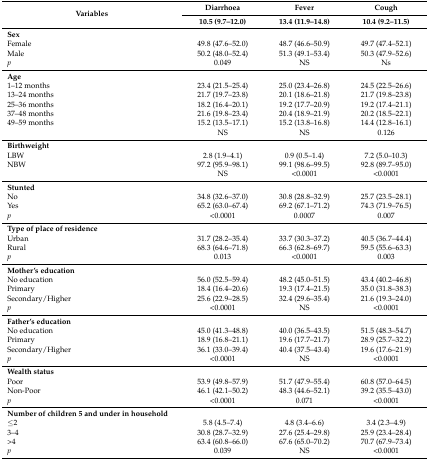
<table><thead><tr><td rowspan="2"><b>Variables</b></td><td><b>Diarrhoea</b></td><td><b>Fever</b></td><td><b>Cough</b></td></tr><tr><td><b>10.5 (9.7–12.0)</b></td><td><b>13.4 (11.9–14.8)</b></td><td><b>10.4 (9.2–11.5)</b></td></tr></thead><tbody><tr><td><b>Sex</b></td><td></td><td></td><td></td></tr><tr><td>Female</td><td>49.8 (47.6–52.0)</td><td>48.7 (46.6–50.9)</td><td>49.7 (47.4–52.1)</td></tr><tr><td>Male</td><td>50.2 (48.0–52.4)</td><td>51.3 (49.1–53.4)</td><td>50.3 (47.9–52.6)</td></tr><tr><td><i>p</i></td><td>0.049</td><td>NS</td><td>Ns</td></tr><tr><td><b>Age</b></td><td></td><td></td><td></td></tr><tr><td>1–12 months</td><td>23.4 (21.5–25.4)</td><td>25.0 (23.4–26.8)</td><td>24.5 (22.5–26.6)</td></tr><tr><td>13–24 months</td><td>21.7 (19.7–23.8)</td><td>20.1 (18.6–21.8)</td><td>21.7 (19.8–23.8)</td></tr><tr><td>25–36 months</td><td>18.2 (16.4–20.1)</td><td>19.2 (17.7–20.9)</td><td>19.2 (17.4–21.1)</td></tr><tr><td>37–48 months</td><td>21.6 (19.8–23.4)</td><td>20.4 (18.9–21.9)</td><td>20.2 (18.5–22.1)</td></tr><tr><td>49–59 months</td><td>15.2 (13.5–17.1)</td><td>15.2 (13.8–16.8)</td><td>14.4 (12.8–16.1)</td></tr><tr><td></td><td>NS</td><td>NS</td><td>0.126</td></tr><tr><td><b>Birthweight</b></td><td></td><td></td><td></td></tr><tr><td>LBW</td><td>2.8 (1.9–4.1)</td><td>0.9 (0.5–1.4)</td><td>7.2 (5.0–10.3)</td></tr><tr><td>NBW</td><td>97.2 (95.9–98.1)</td><td>99.1 (98.6–99.5)</td><td>92.8 (89.7–95.0)</td></tr><tr><td></td><td>NS</td><td>&lt;0.0001</td><td>&lt;0.0001</td></tr><tr><td><b>Stunted</b></td><td></td><td></td><td></td></tr><tr><td>No</td><td>34.8 (32.6–37.0)</td><td>30.8 (28.8–32.9)</td><td>25.7 (23.5–28.1)</td></tr><tr><td>Yes</td><td>65.2 (63.0–67.4)</td><td>69.2 (67.1–71.2)</td><td>74.3 (71.9–76.5)</td></tr><tr><td><i>p</i></td><td>&lt;0.0001</td><td>0.0007</td><td>0.007</td></tr><tr><td><b>Type of place of residence</b></td><td></td><td></td><td></td></tr><tr><td>Urban</td><td>31.7 (28.2–35.4)</td><td>33.7 (30.3–37.2)</td><td>40.5 (36.7–44.4)</td></tr><tr><td>Rural</td><td>68.3 (64.6–71.8)</td><td>66.3 (62.8–69.7)</td><td>59.5 (55.6–63.3)</td></tr><tr><td><i>p</i></td><td>0.013</td><td>&lt;0.0001</td><td>0.003</td></tr><tr><td><b>Mother’s education</b></td><td></td><td></td><td></td></tr><tr><td>No education</td><td>56.0 (52.5–59.4)</td><td>48.2 (45.0–51.5)</td><td>43.4 (40.2–46.8)</td></tr><tr><td>Primary</td><td>18.4 (16.4–20.6)</td><td>19.3 (17.4–21.5)</td><td>35.0 (31.8–38.3)</td></tr><tr><td>Secondary/Higher</td><td>25.6 (22.9–28.5)</td><td>32.4 (29.6–35.4)</td><td>21.6 (19.3–24.0)</td></tr><tr><td><i>p</i></td><td>&lt;0.0001</td><td>NS</td><td>&lt;0.0001</td></tr><tr><td><b>Father’s education</b></td><td></td><td></td><td></td></tr><tr><td>No education</td><td>45.0 (41.3–48.8)</td><td>40.0 (36.5–43.5)</td><td>51.5 (48.3–54.7)</td></tr><tr><td>Primary</td><td>18.9 (16.8–21.1)</td><td>19.6 (17.7–21.7)</td><td>28.9 (25.7–32.2)</td></tr><tr><td>Secondary/Higher</td><td>36.1 (33.0–39.4)</td><td>40.4 (37.5–43.4)</td><td>19.6 (17.6–21.9)</td></tr><tr><td><i>p</i></td><td>&lt;0.0001</td><td>NS</td><td>&lt;0.0001</td></tr><tr><td><b>Wealth status</b></td><td></td><td></td><td></td></tr><tr><td>Poor</td><td>53.9 (49.8–57.9)</td><td>51.7 (47.9–55.4)</td><td>60.8 (57.0–64.5)</td></tr><tr><td>Non-Poor</td><td>46.1 (42.1–50.2)</td><td>48.3 (44.6–52.1)</td><td>39.2 (35.5–43.0)</td></tr><tr><td><i>p</i></td><td>&lt;0.0001</td><td>0.071</td><td>&lt;0.0001</td></tr><tr><td><b>Number of children 5 and under in household</b></td><td></td><td></td><td></td></tr><tr><td>≤2</td><td>5.8 (4.5–7.4)</td><td>4.8 (3.4–6.6)</td><td>3.4 (2.3–4.9)</td></tr><tr><td>3–4</td><td>30.8 (28.7–32.9)</td><td>27.6 (25.4–29.8)</td><td>25.9 (23.4–28.4)</td></tr><tr><td>&gt;4</td><td>63.4 (60.8–66.0)</td><td>67.6 (65.0–70.2)</td><td>70.7 (67.9–73.4)</td></tr><tr><td><i>p</i></td><td>0.039</td><td>NS</td><td>&lt;0.0001</td></tr></tbody></table>